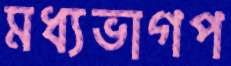
মধ্যভাগপ